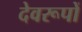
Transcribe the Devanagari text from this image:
देवरूपों